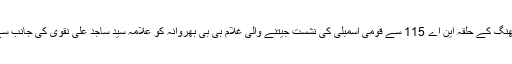
واضح رہے کہ پنجاب کے ضلع جھنگ کے حلقہ این اے 115 سے قومی اسمبلی کی نشست جیتنے والی غلام بی بی بھروانہ کو علامہ سید ساجد علی نقوی کی جانب سے بھرپور حمایت حاصل رہی تھی۔